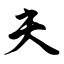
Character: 夫